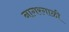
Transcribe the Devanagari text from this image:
नागरगाळी